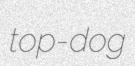
top-dog